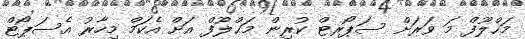
މަޙްލޫފް މަ ވަރަށް ސަޕޯރޓް ކުރިން މަޙްލޫފް އަށް އެކަމް މިހާރު އެސަޕޯޓް